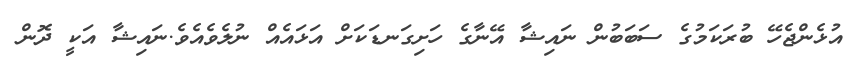
އުޅެންޖެހޭ ބުރަކަމުގެ ސަބަބުން ނަައިޝާ އޭނާގެ ހަށިގަނޑަކަށް އަޅައެއް ނުލެވެއެެވެ.ނަައިޝާ އަކީ ދޮން